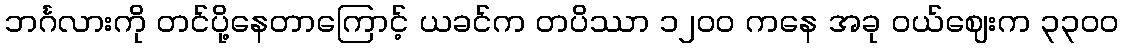
ဘင်္ဂလားကို တင်ပို့နေတာကြောင့် ယခင်က တပိဿာ ၁၂၀၀ ကနေ အခု ဝယ်ဈေးက ၃၃၀၀